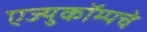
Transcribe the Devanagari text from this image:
एज्युकॉम्पचे